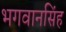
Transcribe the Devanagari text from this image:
भगवानसिंह